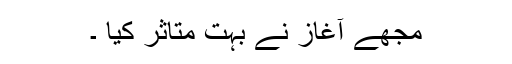
مجھے آغاز نے بہت متاثر کیا ۔